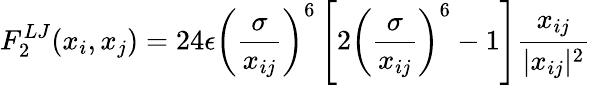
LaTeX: F_{2}^{LJ}(x_{i},x_{j})=24\epsilon\left(\frac{\sigma}{x_{ij}}\right)^{6}\left[2\left(\frac{\sigma}{x_{ij}}\right)^{6}-1\right]\frac{x_{ij}}{|x_{ij}|^{2}}